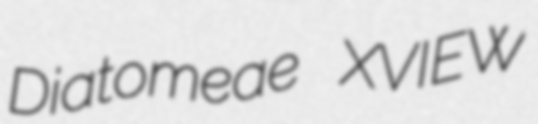
Diatomeae XVIEW